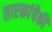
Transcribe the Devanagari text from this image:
तारकांपैकीं